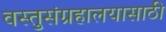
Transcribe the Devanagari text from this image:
वस्तुसंग्रहालयासाठी